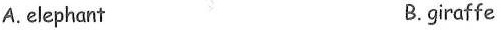
A.elephant B.giraffe